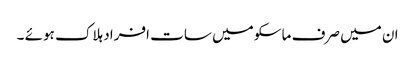
ان میں صرف ماسکو میں سات افراد ہلاک ہوئے ۔